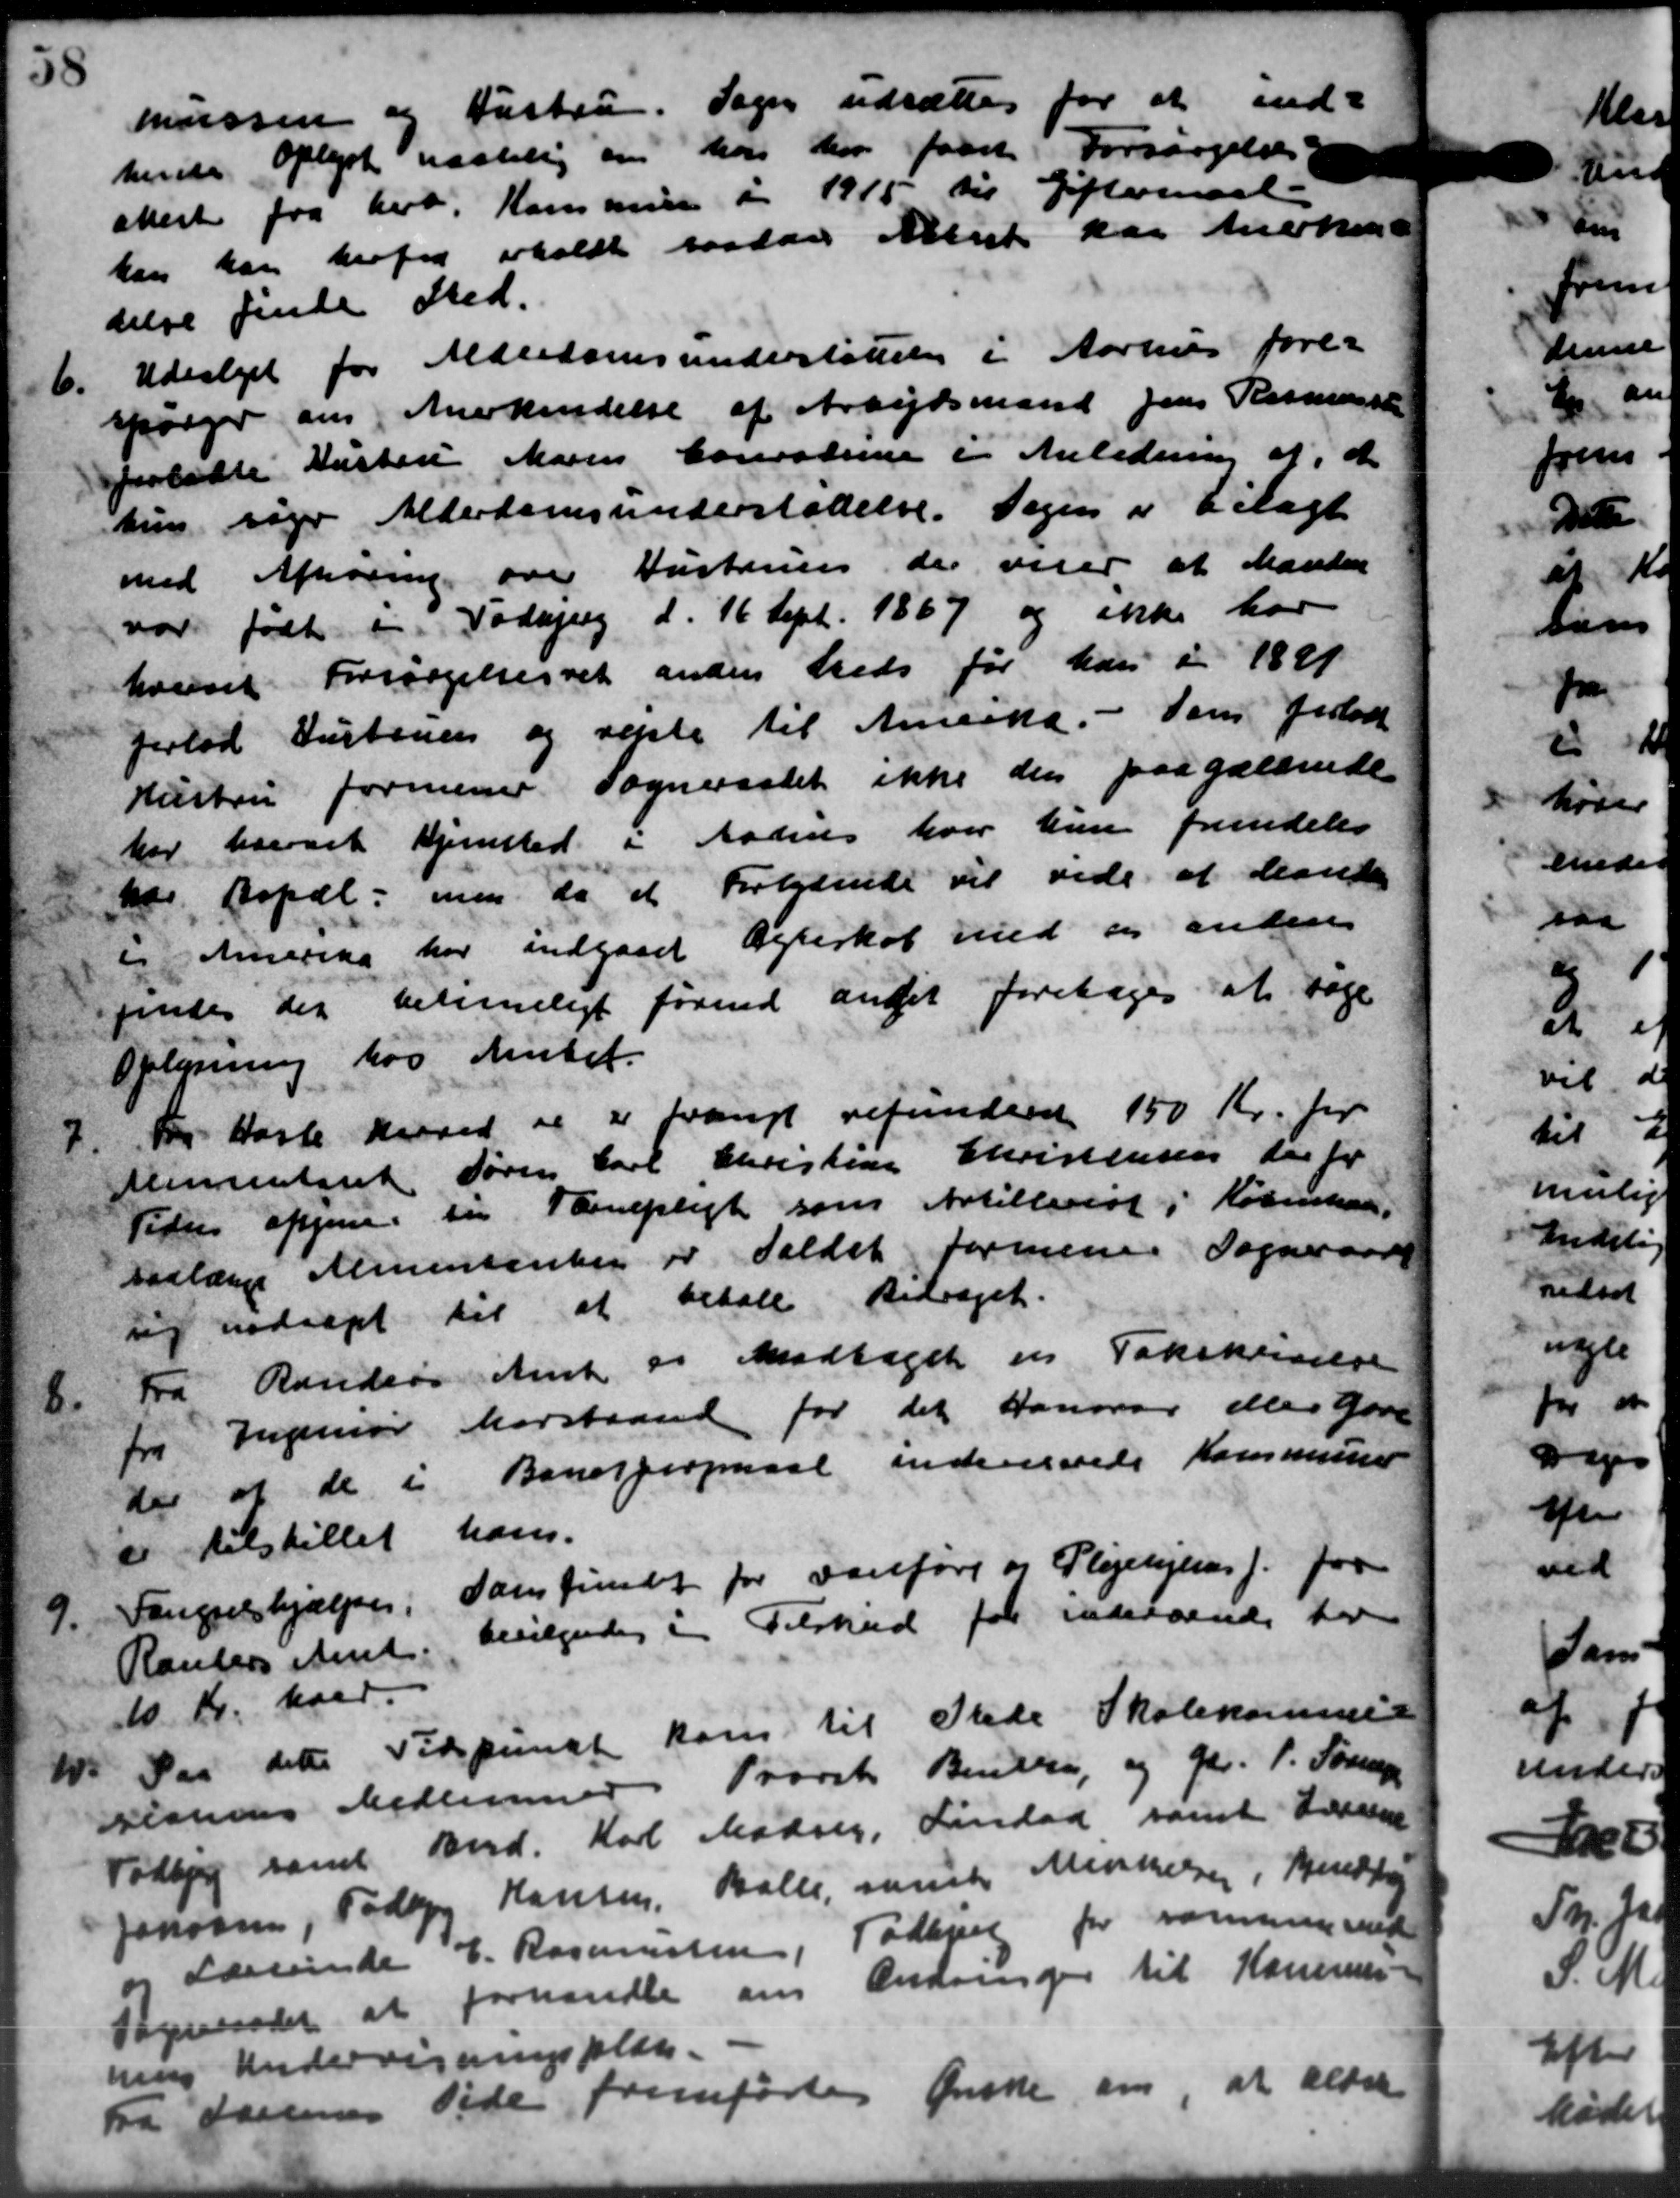
Transskription:
mussen og Hustru. Sogn udsættes for
hende Oplyst næstelig om har har faaet Forsørgelse
attest fra herv. Kommune i 1915 til Eftermaal.
kan kan herfra eholdt saadan Albert kan Anerken
delse finde Sted.
6.
Udvalget for Alderdomsunderstøttelse i Aarhus fore-
spørger om Anerkendelse af Arbejdsmand Jens Rasmussen
forladte Hustru Marius Consterne i Anledning af, d
hun søger Alderdomsunderstøtelse. Sagen i bilagt
med Afhøring over Hustruen, der viser at Manden
var født i Todbjerg d. 16 Sept. 1867 og ikke har
hvervet Forsørgelsesret anden heds for han i 1891
Jerlod ustenen og reste til Anecka. - Som forlod
Hustru formener Sogneraadet ikke den paagældende
har havset Hjemsted i Aabens hvor hun fremdeles
nær Bopæl, men do et Forlydende vil vide at lande
Anserika har indgaaet Ægteskab med der anden
findes der betimeligt forind andet foretoges at tage
Oplysning hos Amtet.
7.
Fra Hasle herved og er frangt refunderet 150 Kr. for
Alimenteret Søren Carl Christian Christensen der for
Peder afgivne til Tærnepligt som Artillerist i København
saalængs Almentanter og Faldet formene Sogneraads
sig nødsaget til at betale Bidraget.
8.
Fra Randsø Amt og Modtaget en Tokskrivelse
f Jugeniør forstand for det Hansvar eller gøre
der af de i Banespropmaal indenserede Kommunen
e tilstillet hans.
9.
Fængselshjælpen, Samfundt for Foreføre og Plejehjemsf. for
Randers Amt, bevilgedes i Tilskud for indersende her
10 Kr. hver.
W. Paa dette Tidspunkt kom til Stede Skolekommis
W. Paa dette Tidspunkt kom til Stede Skolekommis
sistens Medlemmer Provst Benke, og Gdr. P. Sørensen
Todbjerg samt Brd. Karl Madsen, Lindaa samt Lærerne
Janaasen, Todbjerg Hansen, Balle, mente Minnelsen, Hendring
og Lærerinde E. Rasmussen, Todbjerg for varmen med
Sogneraadet at forhandle om Ændringer til Kommu
nens Undervisningsplan.
Fra Hansens Side fremførtes Ønske om at aldre